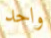
واحد